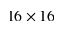
1 6 \times 1 6